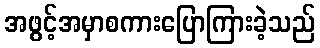
အဖွင့်အမှာစကားပြောကြားခဲ့သည်